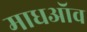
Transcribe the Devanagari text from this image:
माधऑव